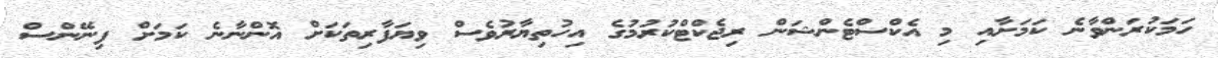
ހަމަކުރަންވާނެ ކަމަށާއި މި އެކްސްޓެންޝަން ރިޖެކްޓްކުރުމުގެ އިހުތިޔާރުވެސް ވިޔަފާރިތަކަށް އޮންނާނެ ކަމަށް ފިނޭންސް